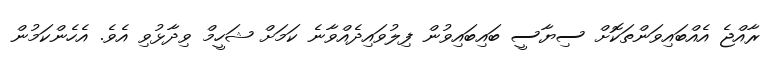
ރާއްޖެ އެއްބައިވަންތަކޮށް ސިޔާސީ ބައިބައިވުން ފިލުވައިދެއްވާނެ ކަމަށް ޝަހީމް ވިދާޅުވި އެވެ. އެހެންކަމުން